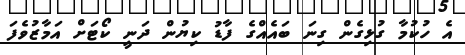
އެ ހުކުމާ ގުޅިގެން ގިނަ ބައެއްގެ ފާޑު ކިޔުން ދަނީ ކޯޓަށް އަމާޒުވެފަ